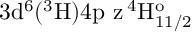
\mathrm { 3 d ^ { 6 } ( ^ { 3 } H ) 4 p \ z \, ^ { 4 } H _ { 1 1 / 2 } ^ { o } }